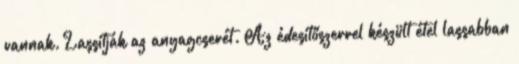
vannak. Lassítják az anyagcserét. Az édesítőszerrel készült étel lassabban